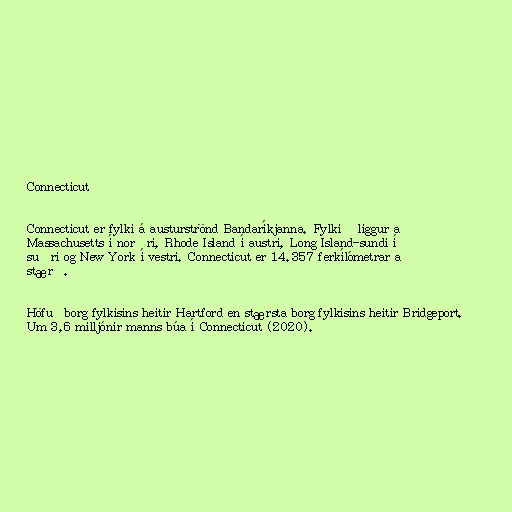
Connecticut

Connecticut er fylki á austurströnd Bandaríkjanna. Fylkið liggur að
Massachusetts í norðri, Rhode Island í austri, Long Island-sundi í
suðri og New York í vestri. Connecticut er 14.357 ferkílómetrar að
stærð.

Höfuðborg fylkisins heitir Hartford en stærsta borg fylkisins heitir Bridgeport.
Um 3,6 milljónir manns búa í Connecticut (2020).